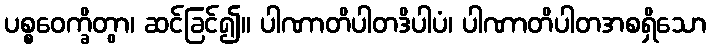
ပစ္စဝေက္ခိတွာ၊ ဆင်ခြင်၍။ ပါဏာတိပါတဒိပါပံ၊ ပါဏာတိပါတအစရှိသော